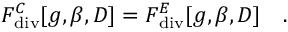
F _ { \mathrm { d i v } } ^ { C } [ g , \beta , D ] = F _ { \mathrm { d i v } } ^ { E } [ g , \beta , D ] ~ ~ ~ .